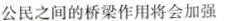
公民之间的桥梁作用将会加强